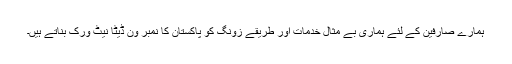
ہمارے صارفین کے لئے ہماری بے مثال خدمات اور طریقے زونگ کو پاکستان کا نمبر ون ڈیٹا نیٹ ورک بناتے ہیں۔